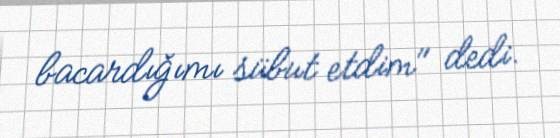
bacardığımı sübut etdim" dedi.